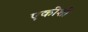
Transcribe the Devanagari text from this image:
एकीशी